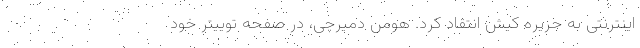
اینترنتی به جزیره کیش انتقاد کرد. هومن دمیرچی، در صفحه توییتر خود